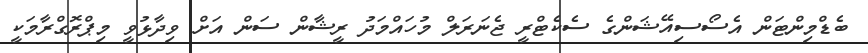
ބެޑްމިންޓަން އެސޯސިއޭޝަންގެ ސެކެޓްރީ ޖެނަރަލް މުހައްމަދު ރީޝާން ސަން އަށް ވިދާޅުވީ މިޕްރޮގްރާމަކީ